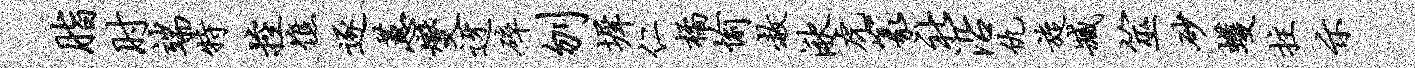
脂肘端特控憔逐蕙燮迓碎刎墀仁橘愉赦湫虎篆社沿仇旋臧筮砂蠖拄示